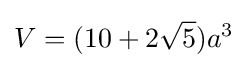
V=(10+2{\sqrt {5}})a^{3}